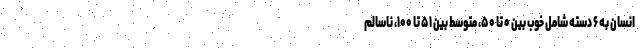
انسان به ۶ دسته شامل خوب بین ۰ تا ۵۰، متوسط بین ۵۱ تا ۱۰۰، ناسالم